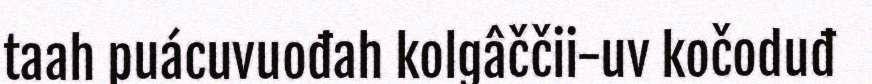
taah puácuvuođah kolgâččii-uv kočoduđ